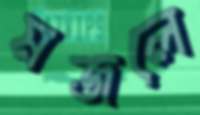
মজলে